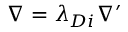
\nabla = { \lambda _ { D i } } { \nabla ^ { \prime } }